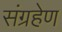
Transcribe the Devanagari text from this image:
संग्रहेण